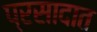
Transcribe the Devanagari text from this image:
प्रसादात